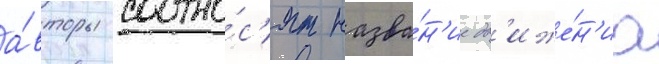
а́вторы соотно́с'ят назва́н'ие дв'иже́н'иа